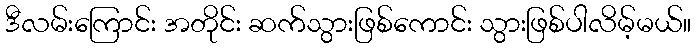
ဒီလမ်းကြောင်း အတိုင်း ဆက်သွားဖြစ်ကောင်း သွားဖြစ်ပါလိမ့်မယ်။